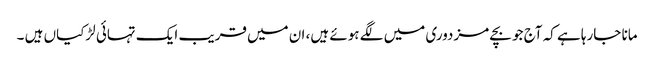
مانا جارہا ہے کہ آج جو بچے مزدوری میں لگے ہوئے ہیں، ان میں قریب ایک تہائی لڑکیاں ہیں ۔